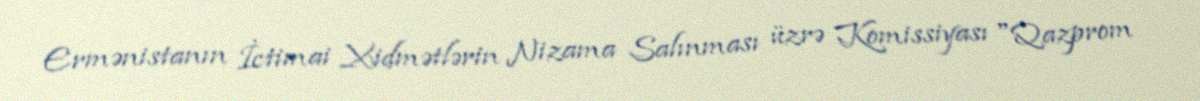
Ermənistanın İctimai Xidmətlərin Nizama Salınması üzrə Komissiyası "Qazprom